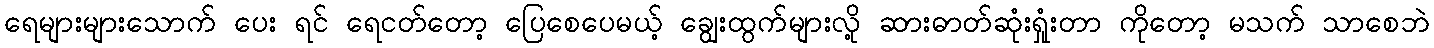
ရေများများသောက် ပေး ရင် ရေငတ်တော့ ပြေစေပေမယ့် ချွေးထွက်များလို့ ဆားဓာတ်ဆုံးရှုံးတာ ကိုတော့ မသက် သာစေဘဲ